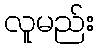
လူမည်း